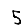
Digit: 5